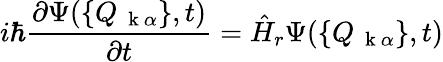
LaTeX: i\hbar\frac{\partial\Psi(\{ Q_{\mathrm{~\mathbf~k~}\alpha}\} ,t)}{\partial t}=\hat{H}_{r}\Psi(\{ Q_{\mathrm{~\mathbf~k~}\alpha}\} ,t)